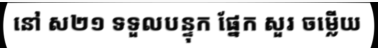
នៅ ស២១ ទទួលបន្ទុក ផ្នែក សួរ ចម្លើយ